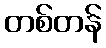
တစ်တန်